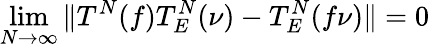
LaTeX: \operatorname*{lim}_{N\to\infty}\Vert T^{N}(f)T_{E}^{N}(\nu)-T_{E}^{N}(f\nu)\Vert=0